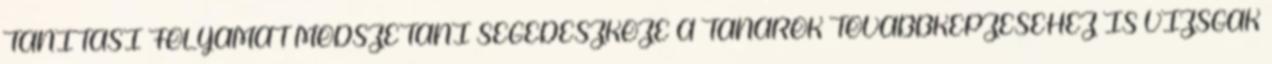
TANÍTÁSI FOLYAMAT MÓDSZETANI SEGÉDESZKÖZE A TANÁROK TOVÁBBKÉPZÉSÉHEZ IS VIZSGÁK